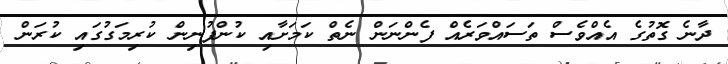
ދާނެ ގޮތުގެ އެއްވެސް ތަސައްވަރެއް ފެންނަން ނެތް ކަމަށާއި ކުންފުނިން ކުރިމަގުގައި ކުރަން